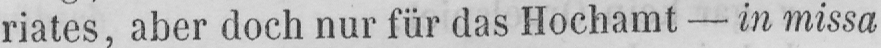
riates, aber doch nur für das Hochamt - in missa